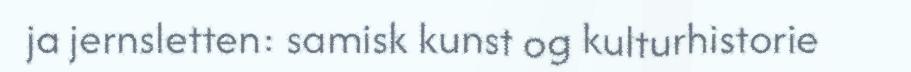
ja jernsletten: samisk kunst og kulturhistorie